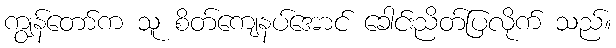
ကျွန်တော်က သူ စိတ်ကျေနပ်အောင် ခေါင်းညိတ်ပြလိုက် သည်။